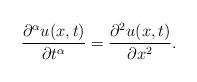
LaTeX: \begin{align*}\dfrac{\partial^\alpha u(x,t)}{\partial t^\alpha}=\dfrac{\partial^2 u(x,t)}{\partial x^2}.\end{align*}